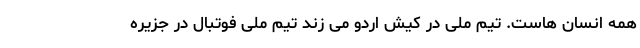
همه انسان هاست. تیم ملی در کیش اردو می زند تیم ملی فوتبال در جزیره